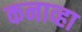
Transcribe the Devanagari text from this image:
कनाव्हा